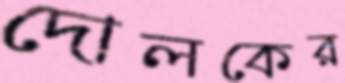
দোলকের